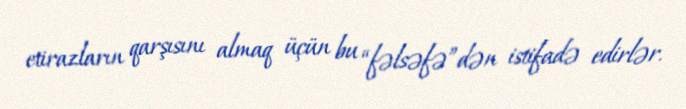
etirazların qarşısını almaq üçün bu “fəlsəfə”dən istifadə edirlər.